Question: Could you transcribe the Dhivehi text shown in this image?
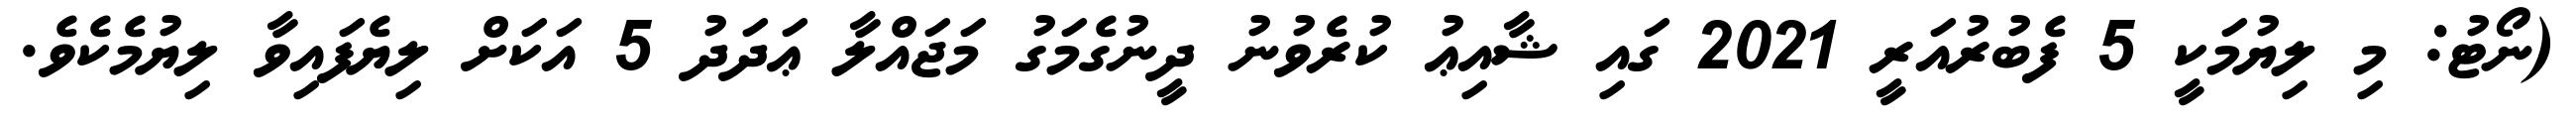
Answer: (ނޯޓު: މި ލިޔުމަކީ 5 ފެބުރުއަރީ 2021 ގައި ޝާއިޢު ކުރެވުނު ދީނުގެމަގު މަޖައްލާ ޢަދަދު 5 އަކަށް ލިޔެފައިވާ ލިޔުމެކެވެ.